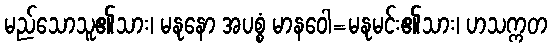
မည်သောသူ၏သား၊ မနုနော အပစ္စံ မာနဝေါ=မနုမင်း၏သား၊ ဟသက္ကတ